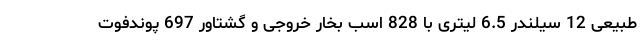
طبیعی 12 سیلندر 6.5 لیتری با 828 اسب بخار خروجی و گشتاور 697 پوندفوت